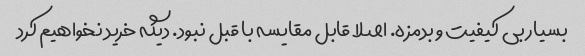
بسیار بی کیفیت و بدمزه. اصلا قابل مقایسه با قبل نبود. دیگه خرید نخواهیم کرد